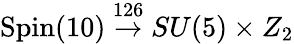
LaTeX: \textrm{Spin}(10)\stackrel{126}{\rightarrow}SU(5)\times Z_{2}